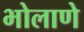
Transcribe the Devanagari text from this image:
भोलाणे